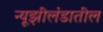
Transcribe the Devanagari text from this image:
न्यूझीलंडातील